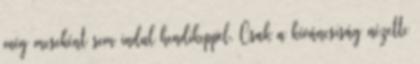
még meseként sem indul hendikeppel. Csak a kíváncsiság nézette